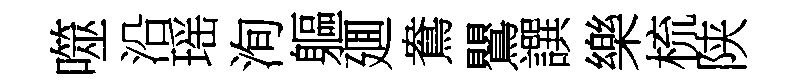
噬沿瑶洵軀廽鴦鸎譔樂梳陕